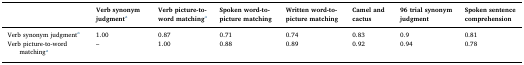
<table><thead><tr><td></td><td><b>Verb synonym judgmenta</b></td><td><b>Verb picture-to-word matchinga</b></td><td><b>Spoken word-to-picture matching</b></td><td><b>Written word-to-picture matching</b></td><td><b>Camel and cactus</b></td><td><b>96 trial synonym judgment</b></td><td><b>Spoken sentence comprehension</b></td></tr></thead><tbody><tr><td>Verb synonym judgmenta</td><td>1.00</td><td>0.87</td><td>0.71</td><td>0.74</td><td>0.83</td><td>0.9</td><td>0.81</td></tr><tr><td>Verb picture-to-word matchinga</td><td>–</td><td>1.00</td><td>0.88</td><td>0.89</td><td>0.92</td><td>0.94</td><td>0.78</td></tr></tbody></table>